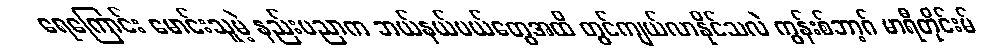
ရေကြောင်း မောင်းသူမဲ့ နည်းပညာက ဘယ်နယ်ပယ်တွေအထိ တွင်ကျယ်လာနိုင်သလဲ ကွန်းစ်ဘာ့ဂ် မာရီတိုင်းမ်